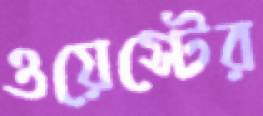
ওয়েস্টের